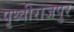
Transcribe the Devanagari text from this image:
पृथ्वीराजपुर